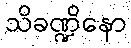
သိခဏ္ဍိနော